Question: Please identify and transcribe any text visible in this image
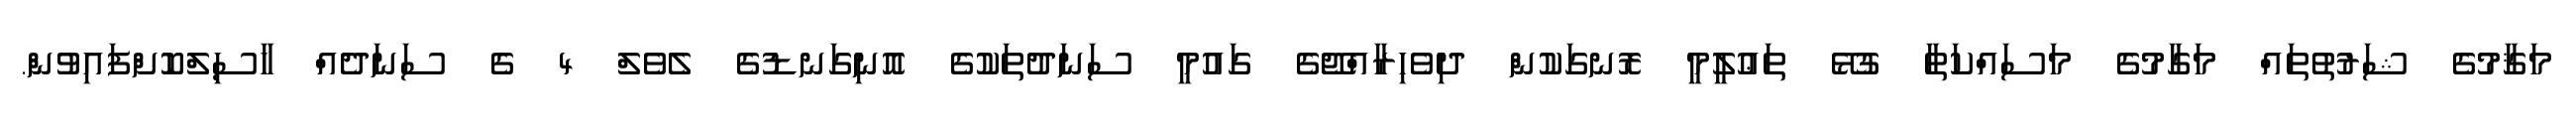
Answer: މަޤާމުގެ ޝަރުތުތައް މަގާމުގެ މަސައްކަތާ ގުޅޭ ތަޢުލީމީ ރޮނގަކުން ދިވެހިރާއްޖޭގެ ގައުމީ ސަނަދުތަކުގެ އޮނިގަނޑުގެ ލެވެލް 4 ގެ ސަނަދެއް ހާސިލްކޮށްފައިވުން.